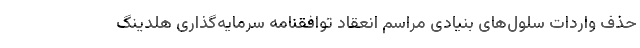
حذف واردات سلول‌های بنیادی مراسم انعقاد توافقنامه سرمایه‌گذاری هلدینگ